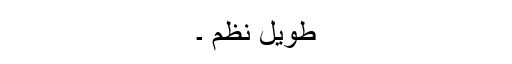
طویل نظم ۔